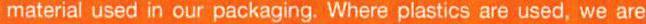
material used in our packaging. Where plastics are used, we are